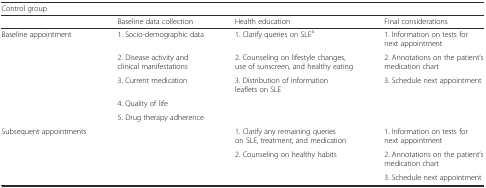
<table><thead><tr><td colspan="4"><b>Control group</b></td></tr><tr><td></td><td><b>Baseline data collection</b></td><td><b>Health education</b></td><td><b>Final considerations</b></td></tr></thead><tbody><tr><td rowspan="5">Baseline appointment</td><td>1. Socio-demographic data</td><td>1. Clarify queries on SLE<sup>a</sup></td><td>1. Information on tests for next appointment</td></tr><tr><td>2. Disease activity and clinical manifestations</td><td>2. Counseling on lifestyle changes, use of sunscreen, and healthy eating</td><td>2. Annotations on the patient’s medication chart</td></tr><tr><td>3. Current medication</td><td>3. Distribution of information leaflets on SLE</td><td>3. Schedule next appointment</td></tr><tr><td>4. Quality of life</td><td></td><td></td></tr><tr><td>5. Drug therapy adherence</td><td></td><td></td></tr><tr><td rowspan="3">Subsequent appointments</td><td></td><td>1. Clarify any remaining queries on SLE, treatment, and medication</td><td>1. Information on tests for next appointment</td></tr><tr><td></td><td>2. Counseling on healthy habits</td><td>2. Annotations on the patient’s medication chart</td></tr><tr><td></td><td></td><td>3. Schedule next appointment</td></tr></tbody></table>